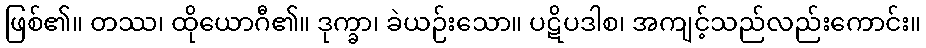
ဖြစ်၏။ တဿ၊ ထိုယောဂီ၏။ ဒုက္ခာ၊ ခဲယဉ်းသော။ ပဋိပဒါစ၊ အကျင့်သည်လည်းကောင်း။